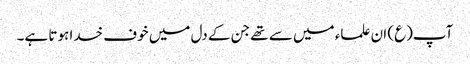
آپ(ع) ان علماء میں سے تھے جن کے دل میں خوف خدا ہوتا ہے۔